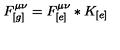
F _ { [ g ] } ^ { \mu \nu } = F _ { [ e ] } ^ { \mu \nu } * K _ { [ e ] }